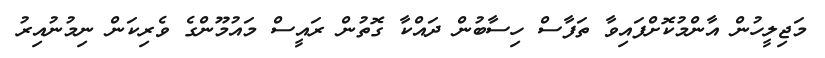
މަޖިލީހުން އާންމުކޮށްފައިވާ ތަފާސް ހިސާބުން ދައްކާ ގޮތުން ރައީސް މައުމޫންގެ ވެރިކަން ނިމުނުއިރު